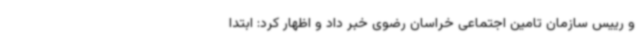
و رییس سازمان تامین اجتماعی خراسان رضوی خبر داد و اظهار کرد: ابتدا